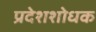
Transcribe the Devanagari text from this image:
प्रदेशशोधक